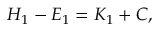
H _ { 1 } - E _ { 1 } = K _ { 1 } + C ,